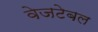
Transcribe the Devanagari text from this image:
वेजटेबल